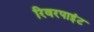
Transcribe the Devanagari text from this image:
रिवरपाइंट